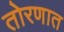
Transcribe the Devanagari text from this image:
तोरणात